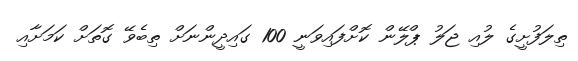
ތިލަފުށީގެ ލުއި ޖަލު ޕްލޭން ކޮށްފައިވަނީ 100 ގައިދީންނަށް ތިބެވޭ ގޮތަށް ކަމަށާއި